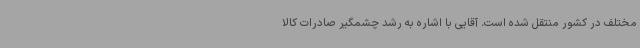
مختلف در کشور منتقل شده است. آقایی با اشاره به رشد چشمگیر صادرات کالا